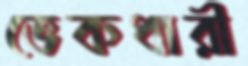
ভেকধারী